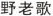
野老歌